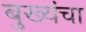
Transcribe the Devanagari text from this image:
बुख्यंचा